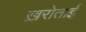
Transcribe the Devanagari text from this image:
ख़रोताई